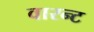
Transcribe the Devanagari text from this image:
वारन्‍ट